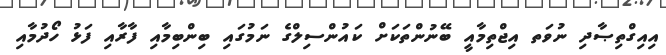
އިއިގްތިޞާދި ނުވަތ އިޖްތިމާއީ ބޭނުންތަކަށް ކައުންސިލްގެ ނަމުގައި ބިންބިމާއި ފާރާއި ފަޅު ހޯދުމާއި